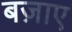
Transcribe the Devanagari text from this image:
बज़ाए